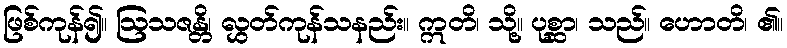
ဖြစ်ကုန်၍။ ဩသဇန္တိ၊ လွှတ်ကုန်သနည်း။ ဣတိ၊ သို့။ ပုစ္ဆာ၊ သည်။ ဟောတိ၊ ၏။